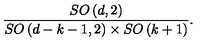
\frac { S O \left( d , 2 \right) } { S O \left( d - k - 1 , 2 \right) \times S O \left( k + 1 \right) } .